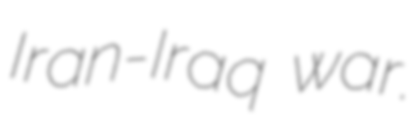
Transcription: Iran-Iraq war.